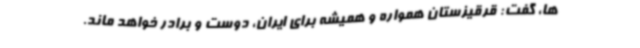
ها، گفت: قرقیزستان همواره و همیشه برای ایران، دوست و برادر خواهد ماند.